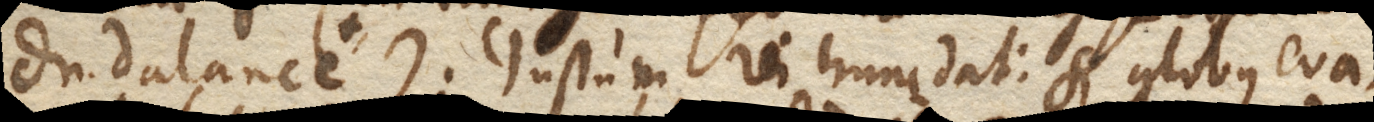
Dn. Dalancé +). Gustum rei hunc dat: Si globus eva–